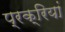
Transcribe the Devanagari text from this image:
प्रक्रियां